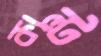
কাল্ট